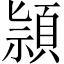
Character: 頴